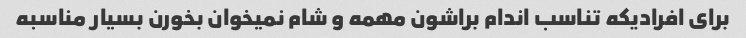
برای افرادیکه تناسب اندام براشون مهمه و شام نمیخوان بخورن بسیار مناسبه